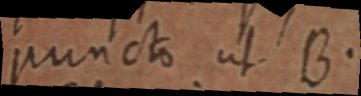
puncto ut B.